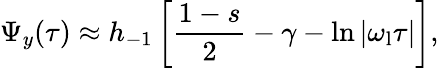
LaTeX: \Psi_{y}(\tau)\approx h_{-1}\left[\frac{1-s}{2}-\gamma-\ln{|\omega_{\mathrm{l}}\tau|}\right],